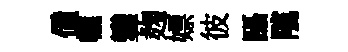
僮轆鑾麹嫖彼躡隲